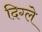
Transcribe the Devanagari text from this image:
दिग्ले